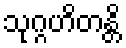
သုဂ္ဂဟိတန္တိ